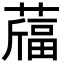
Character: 𦽪